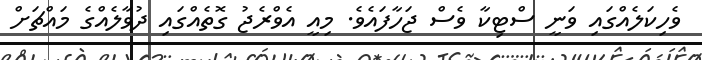
ވެހިކަލެއްގައި ވަނީ ސްޓިކާ ވެސް ޖަހާފައެވެ. މިއީ އެވްރެޖު ގޮތެއްގައި ދުވާލެއްގެ މައްޗަށް